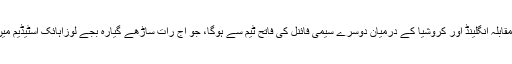
فائنل میں اس کا مقابلہ انگلینڈ اور کروشیا کے درمیان دوسرے سیمی فائنل کی فاتح ٹیم سے ہوگا، جو آج رات ساڑھے گیارہ بجے لوزاہائک اسٹیڈیم میں کھیلا جائے گا۔